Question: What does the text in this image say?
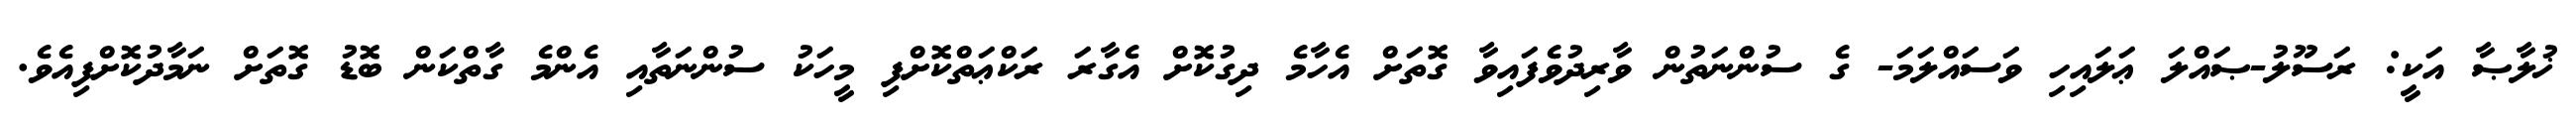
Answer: ޚުލާޞާ އަކީ: ރަސޫލު-ޞައްލަ ޢަލައިހި ވަސައްލަމަ- ގެ ސުންނަތުން ވާރިދުވެފައިވާ ގޮތަށް އެހާމެ ދިގުކޮށް އެގާރަ ރަކްޢަތްކޮށްފި މީހަކު ސުންނަތާއި އެންމެ ގާތްކަން ބޮޑު ގޮތަށް ނަމާދުކޮށްފިއެވެ.